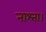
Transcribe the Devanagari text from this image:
नाश्ता।